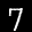
Label: 7